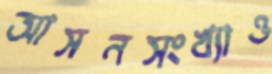
আসনসংখ্যাও